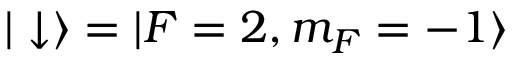
| \downarrow \rangle = | F = 2 , m _ { F } = - 1 \rangle